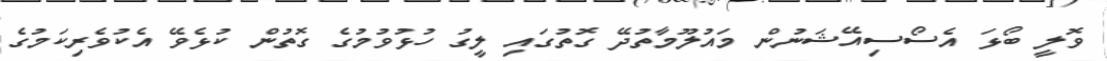
ވޮލީ ބޯޅަ އެސޯސިއޭޝަނުން މައުލޫމާތުދޭ ގޮތުގައި ލީގު ހުޅުވުމުގެ ގޮތުން ކުޅެވޭ އެކުވެރިކަމުގެ